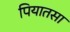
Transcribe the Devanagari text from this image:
पियातसा